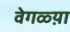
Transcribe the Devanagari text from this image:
वेगळ्य़ा